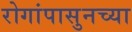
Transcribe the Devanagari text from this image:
रोगांपासुनच्या